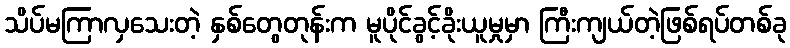
သိပ်မကြာလှသေးတဲ့ နှစ်တွေတုန်းက မူပိုင်ခွင့်ခိုးယူမှုမှာ ကြီးကျယ်တဲ့ဖြစ်ရပ်တစ်ခု